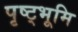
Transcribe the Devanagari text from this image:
पृष्ट्भूमि